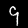
Label: 9